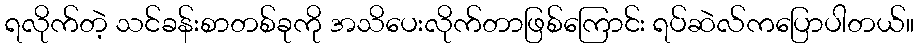
ရလိုက်တဲ့ သင်ခန်းစာတစ်ခုကို အသိပေးလိုက်တာဖြစ်ကြောင်း ရပ်ဆဲလ်ကပြောပါတယ်။